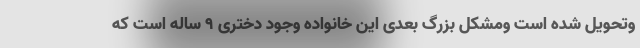
وتحویل شده است ومشکل بزرگ بعدی این خانواده وجود دختری ۹ ساله است که